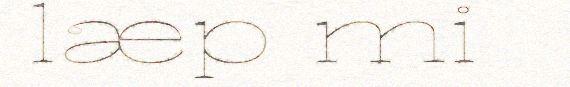
læp mi